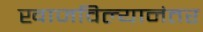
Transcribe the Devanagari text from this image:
खाजविल्यानंतर